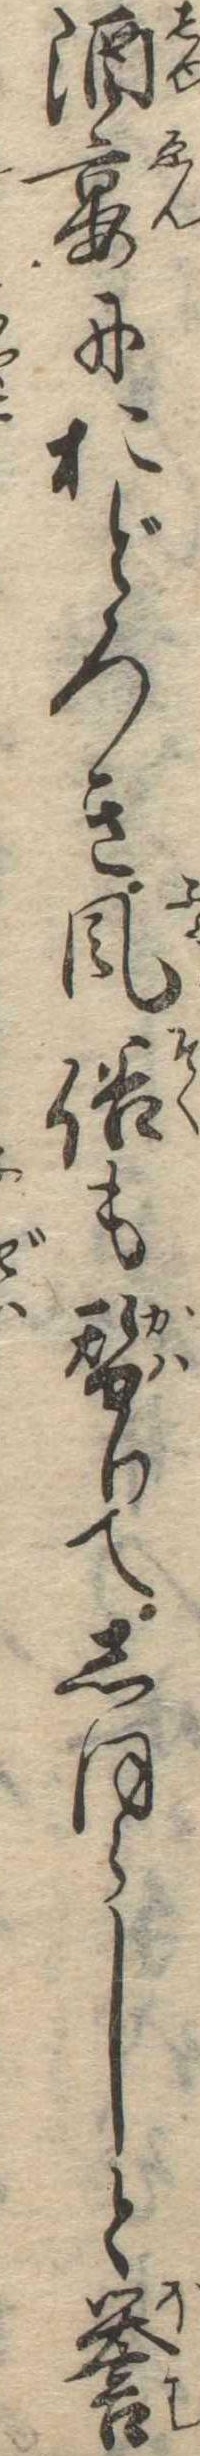
酒宴におどろき風俗も替りてしほらしと誉